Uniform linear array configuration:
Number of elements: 32
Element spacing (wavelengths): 0.75
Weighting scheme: uniform
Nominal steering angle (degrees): -60
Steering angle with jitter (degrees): -60.876
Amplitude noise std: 0.05
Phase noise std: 0.05

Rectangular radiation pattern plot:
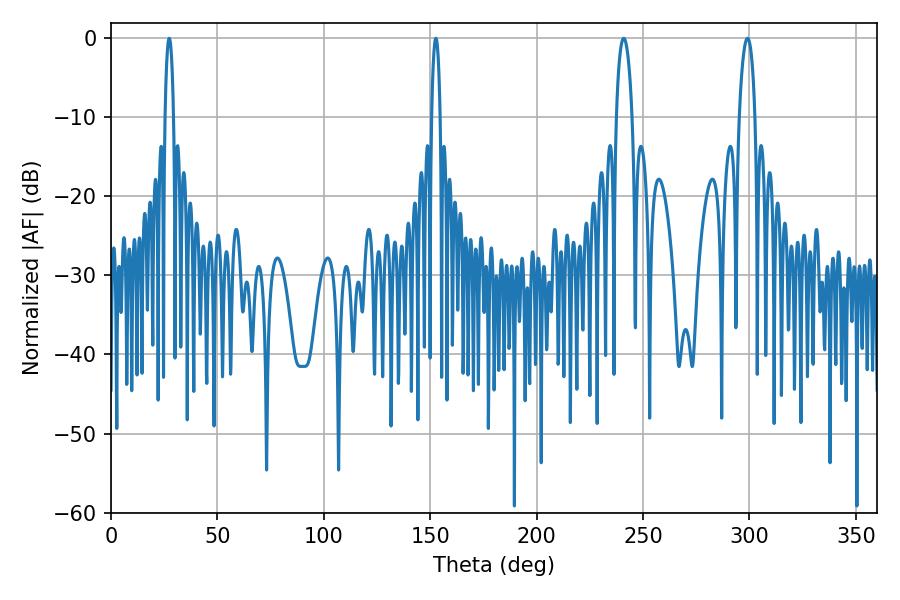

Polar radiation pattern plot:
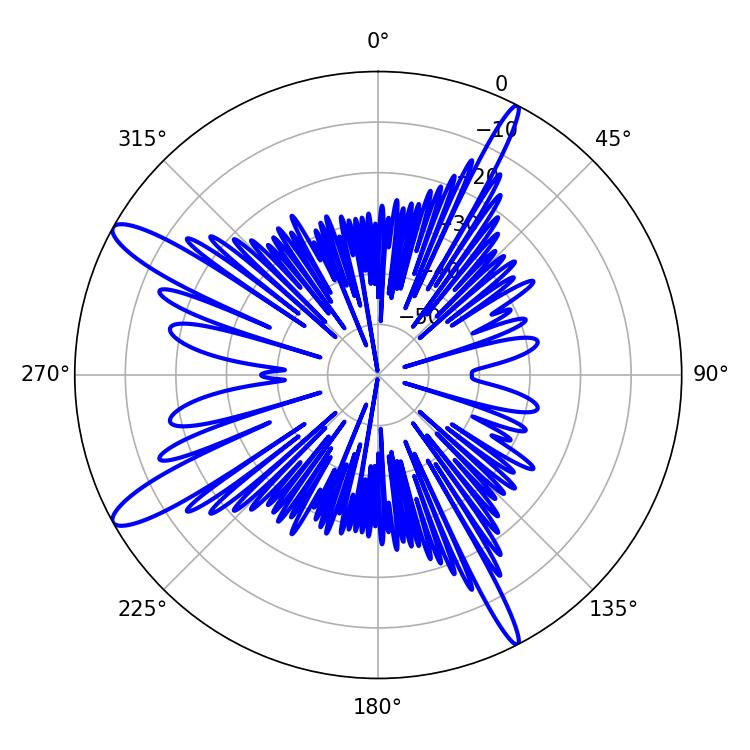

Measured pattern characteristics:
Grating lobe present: TRUE
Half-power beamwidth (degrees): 2.16
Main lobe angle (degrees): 27.36